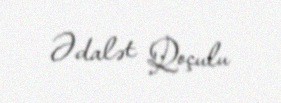
Ədalət Qoçulu